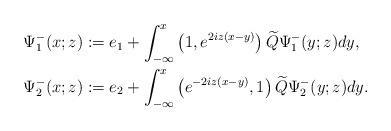
LaTeX: \begin{align*}&\Psi^-_1(x;z):=e_1+\int_{-\infty}^x\left(1,e^{2iz(x-y)}\right)\widetilde{Q} \Psi^-_1(y;z) dy, \\&\Psi^-_2(x;z):=e_2+\int_{-\infty}^x\left(e^{-2iz(x-y)},1\right)\widetilde{Q} \Psi^-_2(y;z) dy.\end{align*}